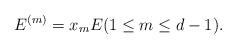
LaTeX: \begin{align*}E^{(m)} = x_{m}E (1\leq m \leq d-1).\end{align*}